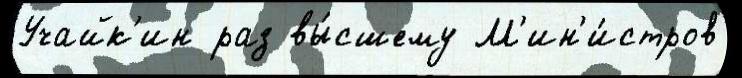
Учайк'ин раз вы́сшему М'ин'и́стров